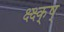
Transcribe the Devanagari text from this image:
क्ष्क्ष्क्ष्